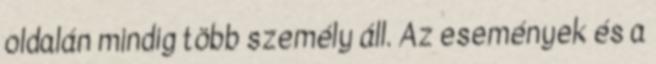
oldalán mindig több személy áll. Az események és a